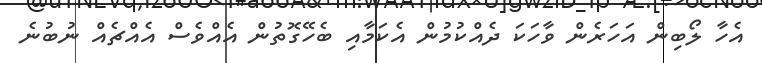
އެހާ ލޯބިން އަހަރެން ވާހަކަ ދެއްކުމުން އެކަމާއި ބެހޭގޮތުން އެއްވެސް އެއްޗެއް ނުބުނެ